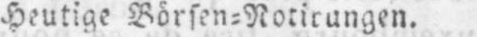
Heutige Börsen⸗Notierungen.